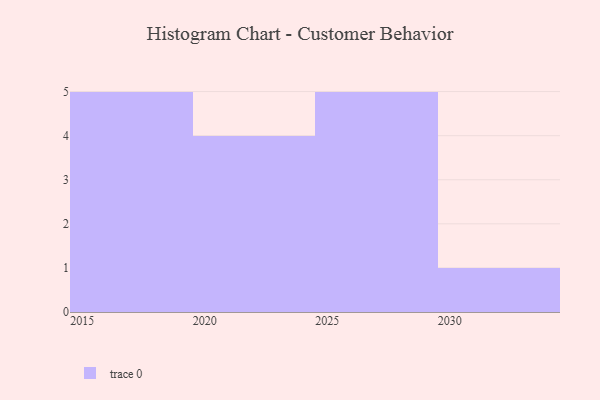
{"axis": {"x": "Year", "y": "Page Views"}, "legend": [""], "data": [{"x": "2018", "y": 12, "type": ""}, {"x": "2024", "y": 32, "type": ""}, {"x": "2030", "y": 14, "type": ""}, {"x": "2029", "y": 88, "type": ""}, {"x": "2016", "y": 36, "type": ""}, {"x": "2021", "y": 68, "type": ""}, {"x": "2017", "y": 75, "type": ""}, {"x": "2019", "y": 18, "type": ""}, {"x": "2015", "y": 2, "type": ""}, {"x": "2025", "y": 16, "type": ""}, {"x": "2027", "y": 98, "type": ""}, {"x": "2028", "y": 84, "type": ""}, {"x": "2022", "y": 35, "type": ""}, {"x": "2026", "y": 77, "type": ""}, {"x": "2023", "y": 97, "type": ""}]}